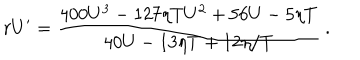
r U ^ { \prime } = { \frac { 4 0 0 U ^ { 3 } - 1 2 7 \eta T U ^ { 2 } + 5 6 U - 5 \eta T } { 4 0 U - 1 3 \eta T + { 1 2 \eta / T } } } ~ .